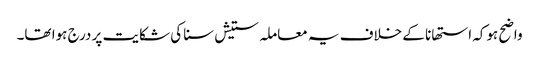
واضح ہوکہ استھانا کے خلاف یہ معاملہ ستیش سنا کی شکایت پر درج ہوا تھا۔